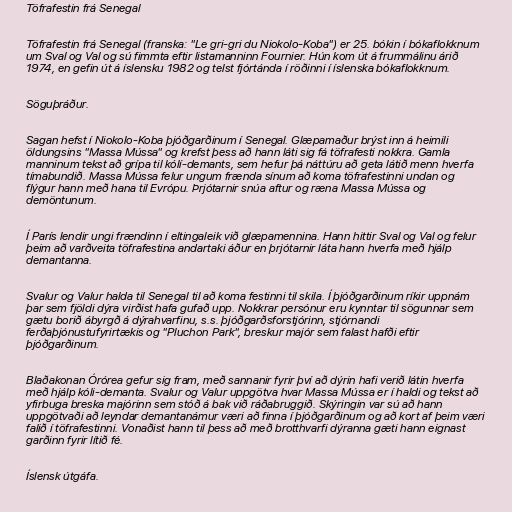
Töfrafestin frá Senegal

Töfrafestin frá Senegal (franska: "Le gri-gri du Niokolo-Koba") er 25. bókin í bókaflokknum
um Sval og Val og sú fimmta eftir listamanninn Fournier. Hún kom út á frummálinu árið
1974, en gefin út á íslensku 1982 og telst fjórtánda í röðinni í íslenska bókaflokknum.

Söguþráður.

Sagan hefst í Niokolo-Koba þjóðgarðinum í Senegal. Glæpamaður brýst inn á heimili
öldungsins "Massa Mússa" og krefst þess að hann láti sig fá töfrafesti nokkra. Gamla
manninum tekst að grípa til kólí-demants, sem hefur þá náttúru að geta látið menn hverfa
tímabundið. Massa Mússa felur ungum frænda sínum að koma töfrafestinni undan og
flýgur hann með hana til Evrópu. Þrjótarnir snúa aftur og ræna Massa Mússa og
demöntunum.

Í París lendir ungi frændinn í eltingaleik við glæpamennina. Hann hittir Sval og Val og felur
þeim að varðveita töfrafestina andartaki áður en þrjótarnir láta hann hverfa með hjálp
demantanna.

Svalur og Valur halda til Senegal til að koma festinni til skila. Í þjóðgarðinum ríkir uppnám
þar sem fjöldi dýra virðist hafa gufað upp. Nokkrar persónur eru kynntar til sögunnar sem
gætu borið ábyrgð á dýrahvarfinu, s.s. þjóðgarðsforstjórinn, stjórnandi
ferðaþjónustufyrirtækis og "Pluchon Park", breskur majór sem falast hafði eftir
þjóðgarðinum.

Blaðakonan Órórea gefur sig fram, með sannanir fyrir því að dýrin hafi verið látin hverfa
með hjálp kóli-demanta. Svalur og Valur uppgötva hvar Massa Mússa er í haldi og tekst að
yfirbuga breska majórinn sem stóð á bak við ráðabruggið. Skýringin var sú að hann
uppgötvaði að leyndar demantanámur væri að finna í þjóðgarðinum og að kort af þeim væri
falið í töfrafestinni. Vonaðist hann til þess að með brotthvarfi dýranna gæti hann eignast
garðinn fyrir lítið fé.

Íslensk útgáfa.